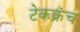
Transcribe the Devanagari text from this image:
टेकक्रंच